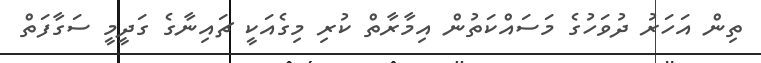
ތިން އަހަރު ދުވަހުގެ މަސައްކަތުން އިމާރާތް ކުރި މިގެއަކީ ޗައިނާގެ ގަދީމީ ސަގާފަތް